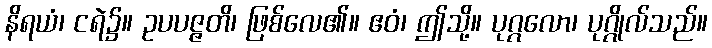
နိရယံ၊ ငရဲ၌။ ဥပပဇ္ဇတိ၊ ဖြစ်လေ၏။ ဧဝံ၊ ဤသို့။ ပုဂ္ဂလော၊ ပုဂ္ဂိုလ်သည်။